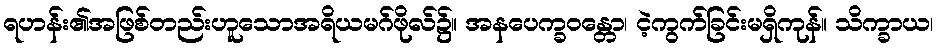
ရဟန်း၏အဖြစ်တည်းဟူသောအရိယမဂ်ဖိုလ်၌။ အနပေက္ခဝန္တော၊ ငဲ့ကွက်ခြင်းမရှိကုန်။ သိက္ခာယ၊